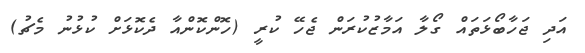
އަދި ޖަހާބޯޅަތައް ގޯލާ އަމާޒުކުރަން ޖެހޭ ކުރީ (ހޮންކޮންއާ ދެކޮޅަށް ކުޅުނު މެޗު)